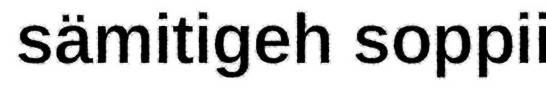
sämitigeh soppii